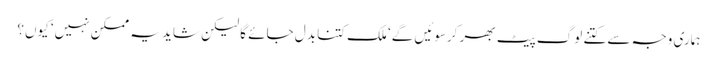
ہماری وجہ سے کتنے لوگ پیٹ بھر کرسوئیں گے‘ ملک کتنا بدل جائے گا لیکن شاید یہ ممکن نہیں‘ کیوں؟